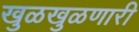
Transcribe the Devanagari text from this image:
खुळखुळणारी